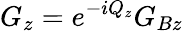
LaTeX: G_{z}=e^{-iQ_{z}}G_{Bz}